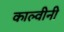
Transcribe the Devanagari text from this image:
काल्वीनी